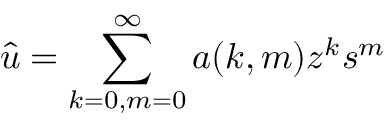
{ \hat { u } } = \sum _ { k = 0 , m = 0 } ^ { \infty } a ( k , m ) z ^ { k } s ^ { m }